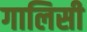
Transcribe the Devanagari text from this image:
गालिसी